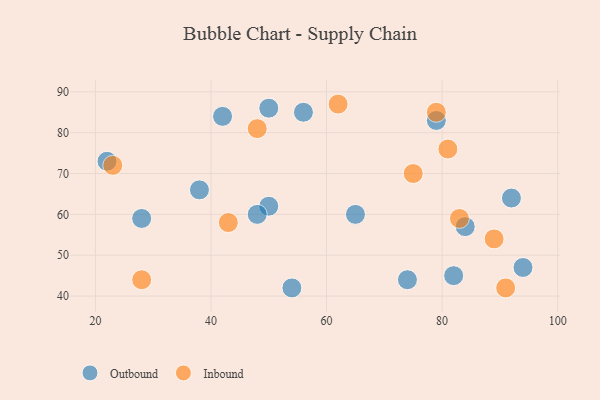
{"axis": {"x": "GDP", "y": "Life Expectancy"}, "legend": ["Inbound", "Outbound"], "data": [{"x": "79", "y": 83, "type": "Outbound"}, {"x": "65", "y": 60, "type": "Outbound"}, {"x": "50", "y": 62, "type": "Outbound"}, {"x": "84", "y": 57, "type": "Outbound"}, {"x": "38", "y": 66, "type": "Outbound"}, {"x": "48", "y": 60, "type": "Outbound"}, {"x": "94", "y": 47, "type": "Outbound"}, {"x": "82", "y": 45, "type": "Outbound"}, {"x": "92", "y": 64, "type": "Outbound"}, {"x": "54", "y": 42, "type": "Outbound"}, {"x": "56", "y": 85, "type": "Outbound"}, {"x": "22", "y": 73, "type": "Outbound"}, {"x": "74", "y": 44, "type": "Outbound"}, {"x": "28", "y": 59, "type": "Outbound"}, {"x": "42", "y": 84, "type": "Outbound"}, {"x": "50", "y": 86, "type": "Outbound"}, {"x": "62", "y": 87, "type": "Inbound"}, {"x": "28", "y": 44, "type": "Inbound"}, {"x": "75", "y": 70, "type": "Inbound"}, {"x": "91", "y": 42, "type": "Inbound"}, {"x": "89", "y": 54, "type": "Inbound"}, {"x": "23", "y": 72, "type": "Inbound"}, {"x": "79", "y": 85, "type": "Inbound"}, {"x": "83", "y": 59, "type": "Inbound"}, {"x": "43", "y": 58, "type": "Inbound"}, {"x": "48", "y": 81, "type": "Inbound"}, {"x": "81", "y": 76, "type": "Inbound"}]}